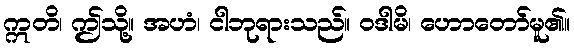
ဣတိ၊ ဤသို့။ အဟံ၊ ငါဘုရားသည်။ ဝဒါမိ၊ ဟောတော်မူ၏။